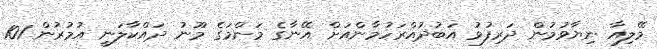
މޭލިއާ ނިޔާވުމުން ދަރިފުޅު އަބުދުއްރަހުމާންއަށް އޭނާގެ މަންމަގެ މޫނު ދައްކާލަނީ އުމުރުން 101